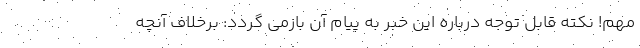
مهم! نکته قابل توجه درباره این خبر به پیام آن بازمی گردد: برخلاف آنچه